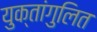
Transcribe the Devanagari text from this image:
युक्तांगुलित